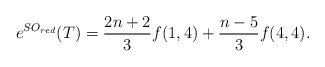
\begin{align*}e^{SO_{red}}(T)=\frac{2n+2}{3}f(1,4)+\frac{n-5}{3}f(4,4).\end{align*}